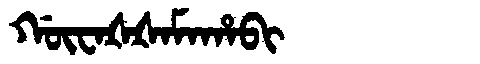
Manchu: ᡤᡡᠸᠠᡧᡧᠠᠮᠠᡥᠠᠪᡳ
Romanization: GŪWAŠŠAMAHABI